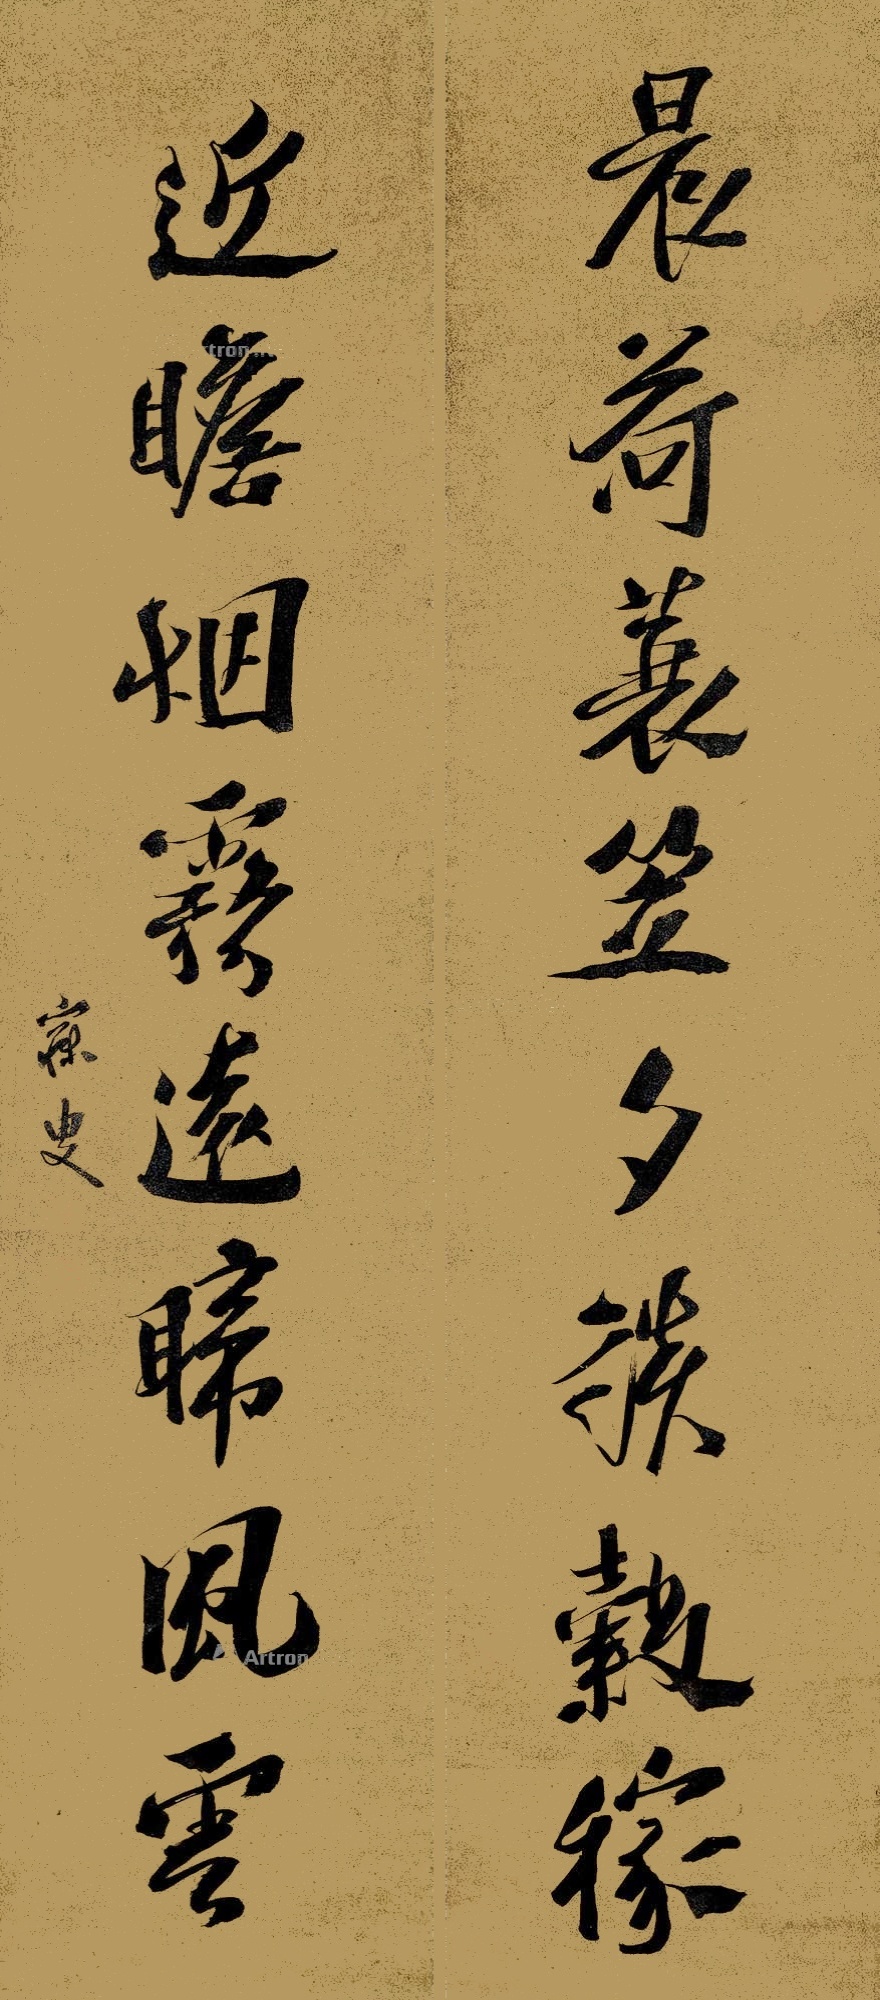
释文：晨荷蓑笠夕谈谷稼，近瞻烟雾远睇风云。寐叟。